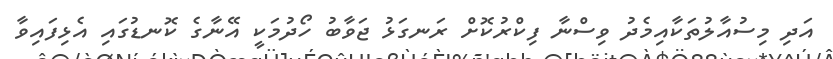
އަދި މިސުއާލުތަކާއިމެދު ވިސްނާ ފިކްރުކޮށް ރަނގަޅު ޖަވާބު ހޯދުމަކީ އޭނާގެ ކޮނޑުގައި އެޅިފައިވާ